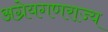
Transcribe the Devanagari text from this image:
अग्रेयगणराज्य